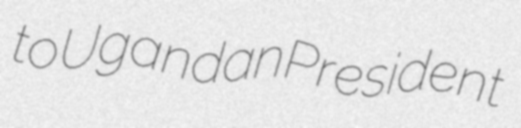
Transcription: to Ugandan President